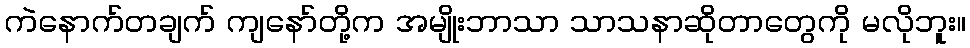
ကဲနောက်တချက် ကျနော်တို့က အမျိုးဘာသာ သာသနာဆိုတာတွေကို မလိုဘူး။